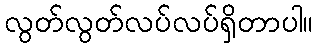
လွတ်လွတ်လပ်လပ်ရှိတာပါ။